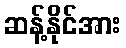
ဆန့်နိုင်အား